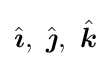
{\hat {\boldsymbol {\imath }}},\ {\hat {\boldsymbol {\jmath }}},\ {\hat {\boldsymbol {k}}}